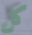
كل